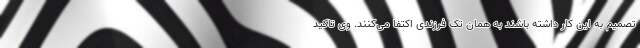
تصمیم به این کار داشته باشند به همان تک فرزندی اکتفا می‌کنند. وی تاکید